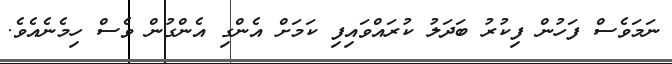
ނަމަވެސް ފަހުން ފިކުރު ބަދަލު ކުރައްވައިފި ކަމަށް އެންގި އެންގުން ވެސް ހިމެނެއެވެ.